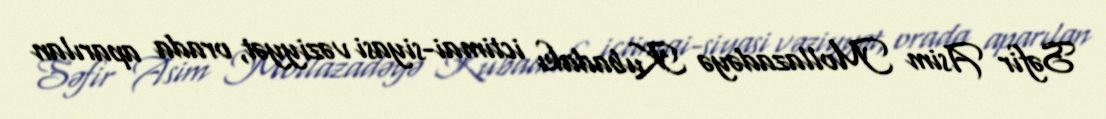
Səfir Asim Mollazadəyə Kubadakı ictimai-siyasi vəziyyət, orada aparılan